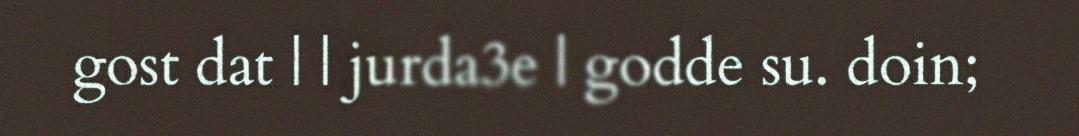
gost dat | | jurda3e | godde su. doin;